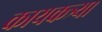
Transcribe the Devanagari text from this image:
कायकत्र्या